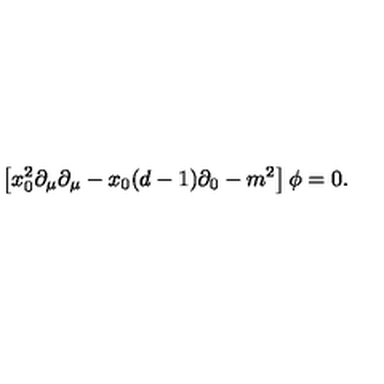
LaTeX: \left[ x _ { 0 } ^ { 2 } \partial _ { \mu } \partial _ { \mu } - x _ { 0 } ( d - 1 ) \partial _ { 0 } - m ^ { 2 } \right] \phi = 0 .